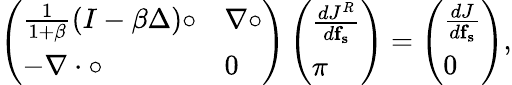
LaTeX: \left(\begin{array}{ll}{\frac{1}{1+\beta}(I-\beta\Delta)\circ}&{\nabla\circ}\\ {-\nabla\cdot\circ}&{0}\end{array}\right)\left(\begin{array}{l}{\frac{dJ^{R}}{d\mathbf{f_{s}}}}\\ {\pi}\end{array}\right)=\left(\begin{array}{l}{\frac{dJ}{d\mathbf{f_{s}}}}\\ {0}\end{array}\right),